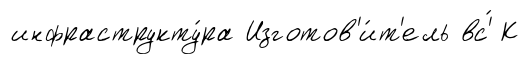
инфраструкту́ра Изготов'и́т'ель вс'́ К